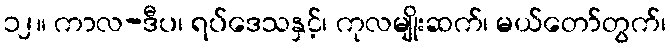
၁၂။ ကာလ-ဒီပ၊ ရပ်ဒေသနှင့်၊ ကုလမျိုးဆက်၊ မယ်တော်တွက်၊